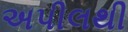
અપીલથી